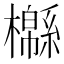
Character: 㰃